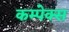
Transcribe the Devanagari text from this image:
कम्पेक्स